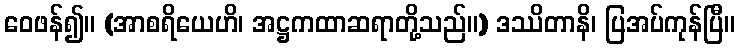
ဝေဖန်၍။ (အာစရိယေဟိ၊ အဋ္ဌကထာဆရာတို့သည်။) ဒဿိတာနိ၊ ပြအပ်ကုန်ပြီ။